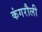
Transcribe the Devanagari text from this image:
कंगरौली